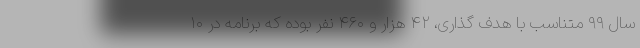
سال ۹۹ متناسب با هدف گذاری، ۴۲ هزار و ۴۶۰ نفر بوده که برنامه در ۱۰